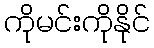
ကိုမင်းကိုနိုင်